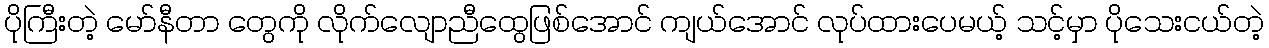
ပိုကြီးတဲ့ မော်နီတာ တွေကို လိုက်လျောညီထွေဖြစ်အောင် ကျယ်အောင် လုပ်ထားပေမယ့် သင့်မှာ ပိုသေးငယ်တဲ့